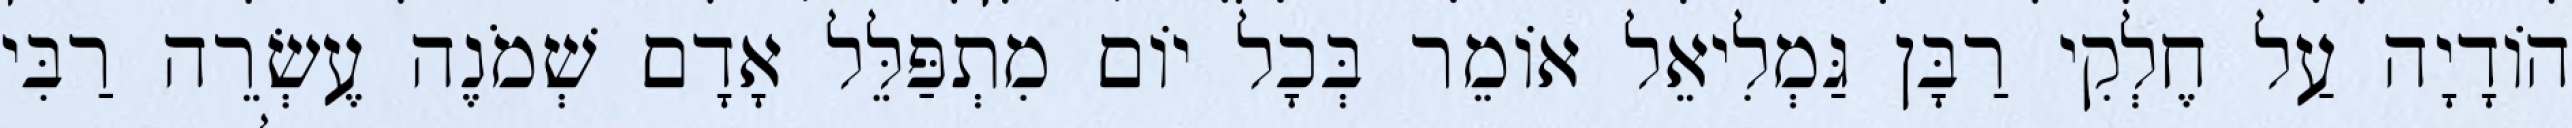
הוֹדָיָה עַל חֶלְקִי רַבָּן גַּמְלִיאֵל אוֹמֵר בְּכָל יוֹם מִתְפַּלֵּל אָדָם שְׁמֹנֶה עֶשְׂרֵה רַבִּי